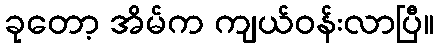
ခုတော့ အိမ်က ကျယ်ဝန်းလာပြီ။